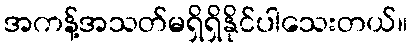
အကန့်အသတ်မရှိရှိနိုင်ပါသေးတယ်။